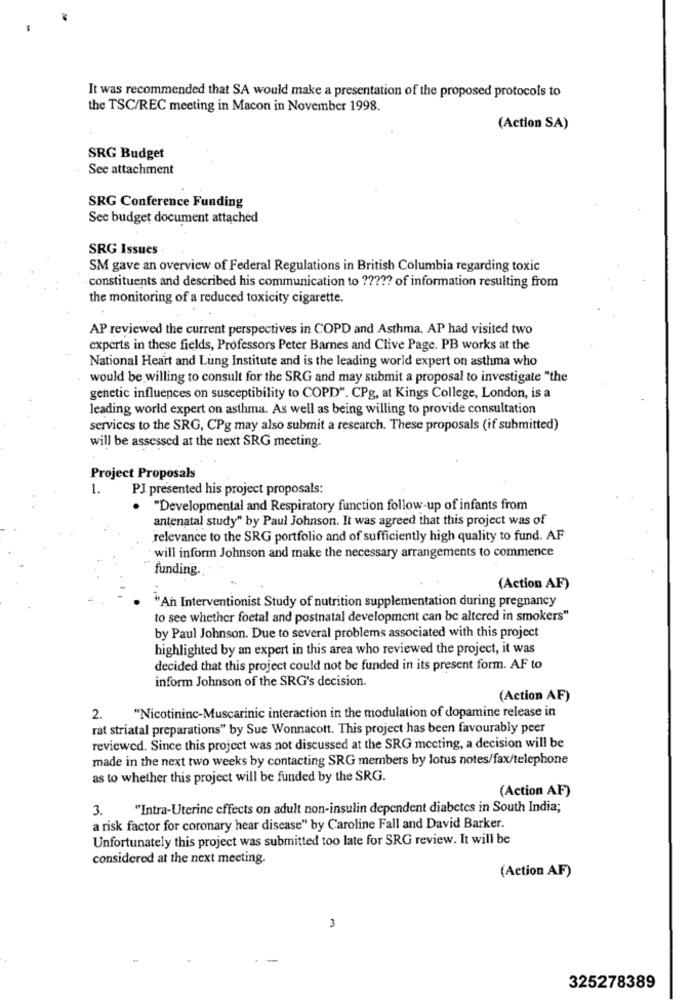
It was recommended that SA would make a presentation of the proposed protocols to
the TSC/REC meeting in Macon in November 1998.
(Action SA)
SRG Budget
See attachment
SRG Conference Funding
Sec budget document attached
SRG Issues
SM gave an overview of Federal Regulations in British Columbia regarding toxic
constituents and described his communication to ????? of information resulting from
the monitoring of a reduced toxicity cigarette.
AP reviewed the current perspectives in COPD and Asthma. AP had visited two
experts in these fields, Professors Peter Barnes and Clive Page. PB works at the
National Heart and Lung Institute and is the leading world expert on asthma who
would be willing to consult for the SRG and may submit a proposal to investigate "the
genetic influences on susceptibility to COPD". CPg, at Kings College, London, is a
leading world expert on asthma. As well as being willing to provide consultation
services to the SRG, CPg may also submit a research. These proposals (if submitted)
will be assessed at the next SRG meeting.
Project Proposals
1.
PJ presented his project proposals:
. "Developmental and Respiratory function follow-up of infants from
antenatal study" by Paul Johnson. It was agreed that this project was of
relevance to the SRG portfolio and of sufficiently high quality to fund. AF
will inform Johnson and make the necessary arrangements to commence
funding.
(Action AF)
"An Interventionist Study of nutrition supplementation during pregnancy
to see whether foetal and postnatal development can be altered in smokers"
by Paul Johnson. Due to several problems associated with this project
highlighted by an expert in this area who reviewed the project, it was
decided that this project could not be funded in its present form. AF to
inform Johnson of the SRG's decision.
(Action AF)
"Nicotininc-Muscarinic interaction in the modulation of dopamine release in
2.
rat striatal preparations" by Sue Wonnacott. This project has been favourably peer
reviewed. Since this project was not discussed at the SRG mccting, a decision will be
made in the next two weeks by contacting SRG members by lotus notes/fax/telephone
as to whether this project will be funded by the SRG.
(Action AF)
3.
"Intra-Uterine effects on adult non-insulin dependent diabetes in South India;
a risk factor for coronary hear disease" by Caroline Fall and David Barker.
Unfortunately this project was submitted too late for SRG review. It will be
considered at the next meeting.
(Action AF)
3
325278389